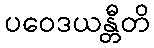
ပဝေဒယန္တီတိ